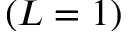
( L = 1 )